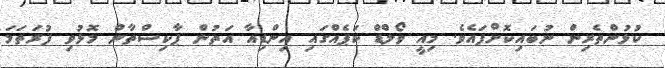
ކުޅުންތެރިން ނުބައިކޮށްފައެވެ. މިއީ ވޯލްޑް ކަޕެއްގައި އިންޑިއާ އަތުން ޕާކިސްތާން މޮޅުވި ފުރަތަމަ